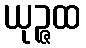
ယုဉ္ဇထ